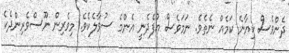
ދެންވެސް ކިޔާނެ ކަމެއް ނެތެވެ. ނަމަވެސް އުފެދެނީ އެންމެ ސުވާލެކެވެ. މިވެރިން ނޫސްވެރިންދެކެ